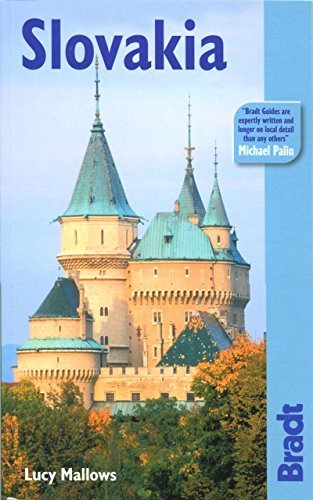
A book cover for By Lucy Mallows Slovakia: The Bradt Travel Guide (1st); Travel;